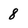
Character: 8